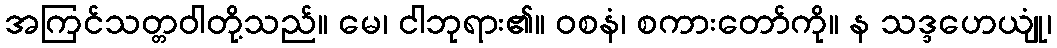
အကြင်သတ္တဝါတို့သည်။ မေ၊ ငါဘုရား၏။ ဝစနံ၊ စကားတော်ကို။ န သဒ္ဒဟေယျုံ၊